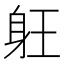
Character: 𲄘